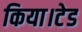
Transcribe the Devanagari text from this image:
किया।टेड